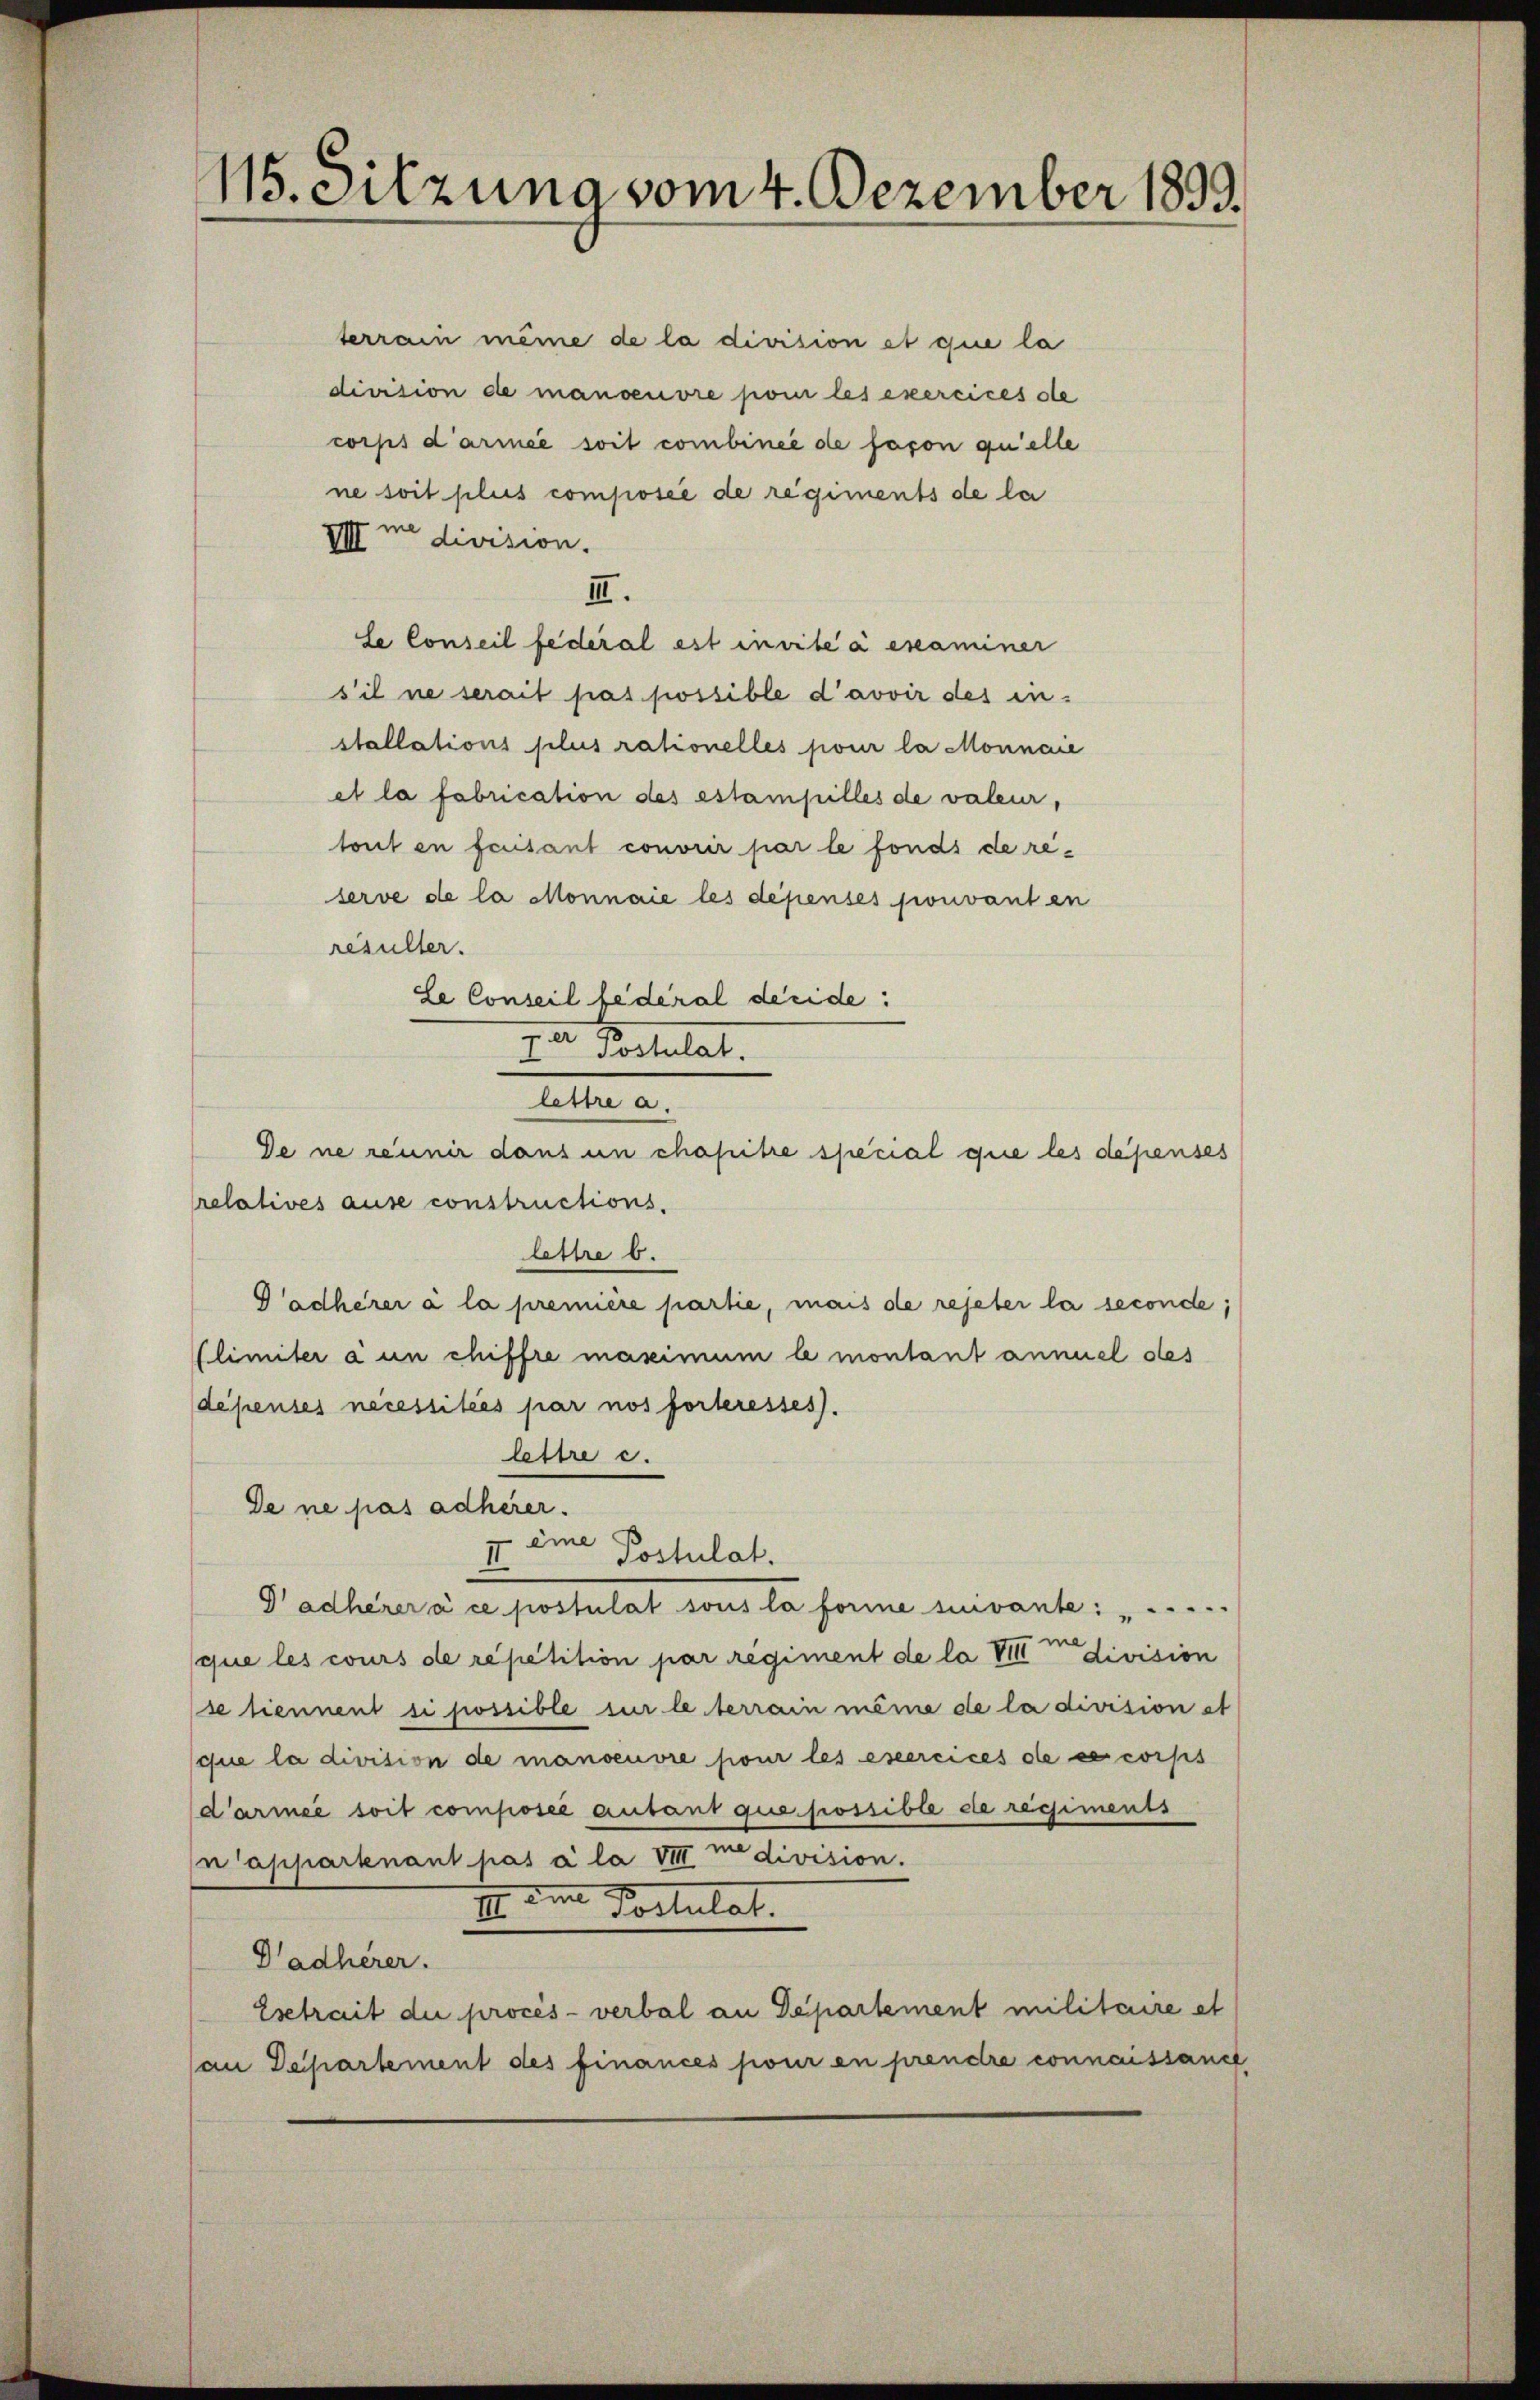
115. Sitzuna vom 4. Dezember 1899.

terrain meine de la division et que la
division de manoeuvre pour les exercices de
corps d’armée soit combinie de fason quelle
ne soit plus composée de regiments de la
III me division.
III.
le Conseil fédéral est invite à examiner
s’il ne serait pas possible d’avoir des in
stallations plus rationelles pour la Monnaie
et la fabrication des estampilles de valeur,
tout en faisant couvrir par le fonds de re-
serve de la Monnaie les dépensés pouvanten
resulter.
de Conseil fédéral deride:
par Postulat.
.
lettre a.
Se ne réunir dans un chapitre special que les depenses
relatives ause constructions-
Attre 6.
adherer a la première partie, mais de rejeter la seconde,
Elimiter à un chiffre maximum le montant annuel des
depenses necessitées par nos forteresses.
lettre c.
De ne pas adherer.
II eine Postulat.
Gadherer à ce postulat sous la forme suivante: ".....
que les cours de repetition par regiment de la VIII division
se tiennent si possible sur le terrain meine de la division et
que la division de manoeuvre pour les esercices de ce corps
d’armée soit composer autant que possible de regiments
appartenant pas à la VII medivision.
II. Den Postulat.
Padherer.
Esetrait die procès-verbal an Departement militaire et
an Departement des finances pour en prendre connaissance